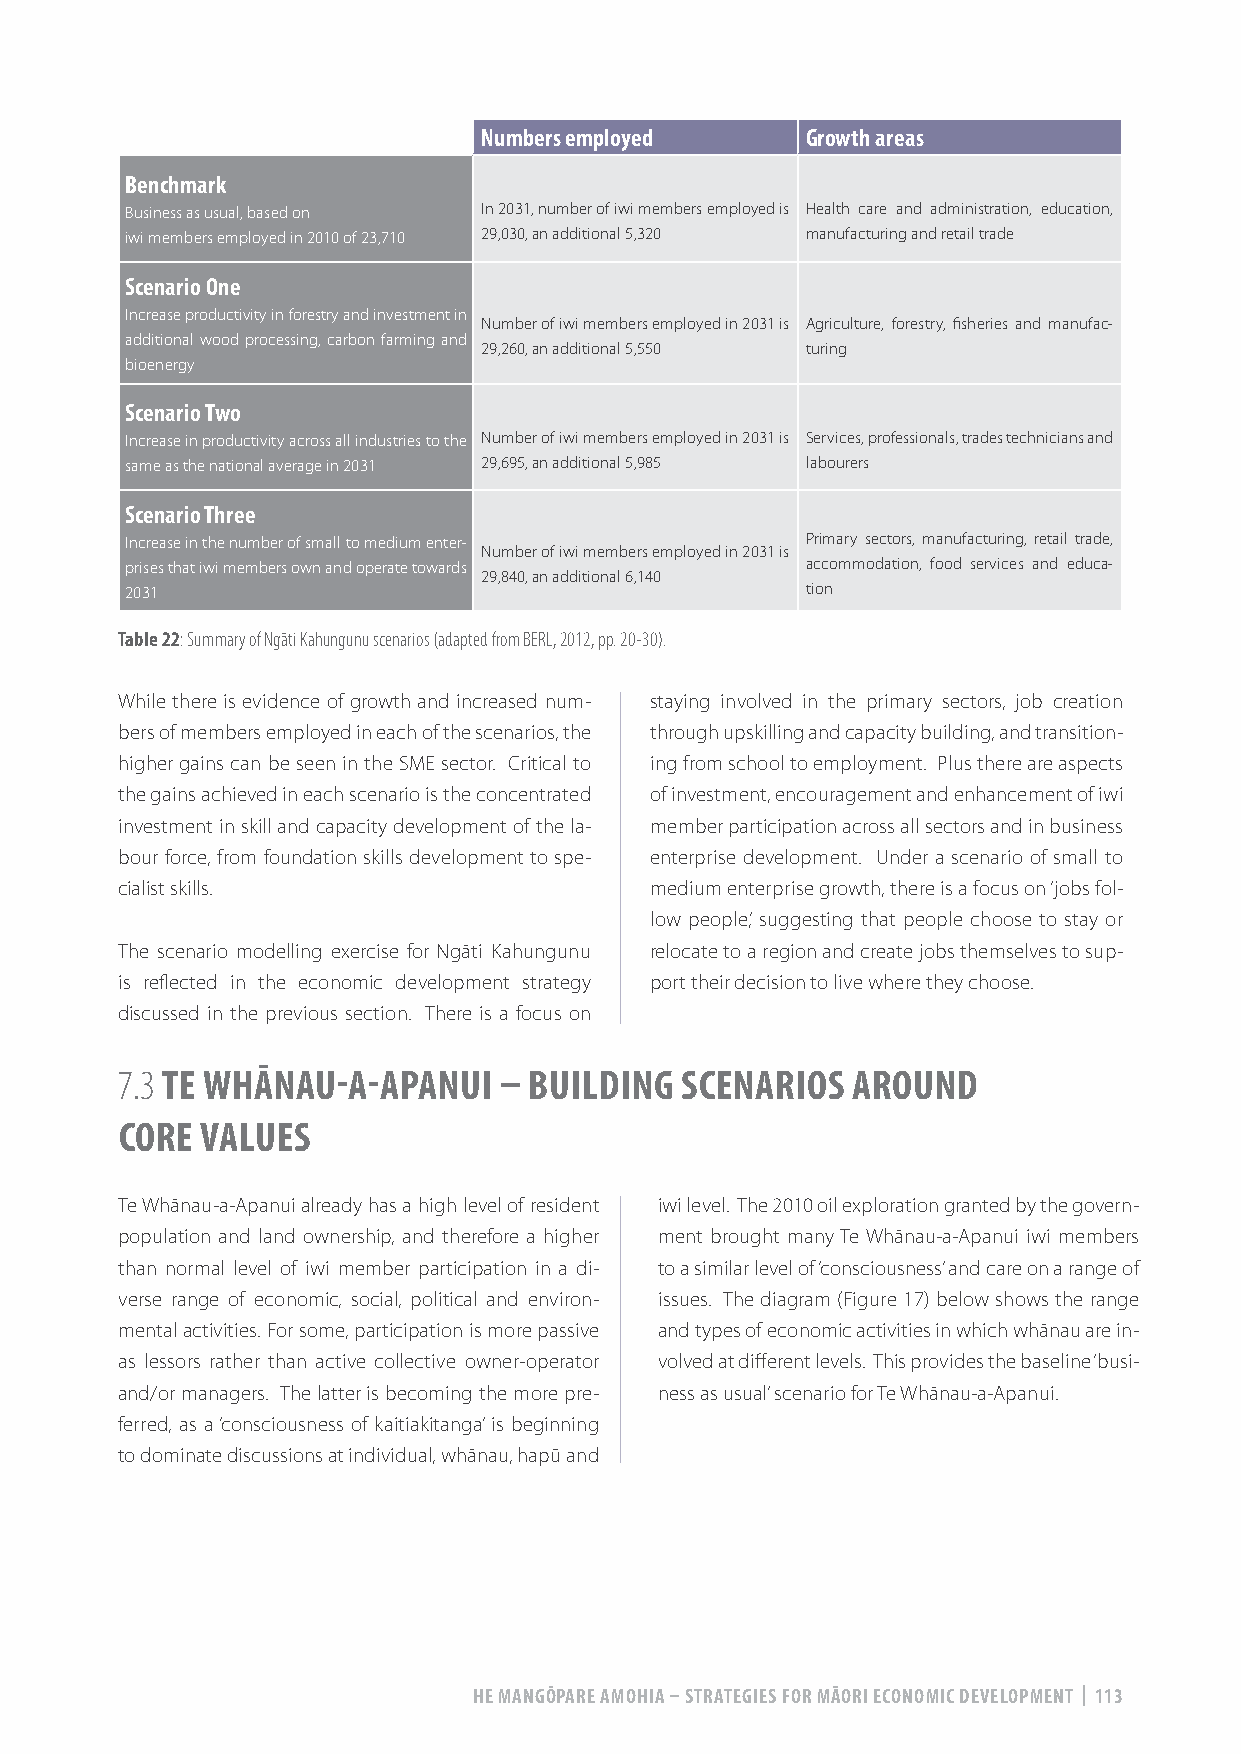
Numbers employed     Growth areas
 Benchmark
 Business as usual, based on In 2031, number of iwi members employed is Health care and administration, education,
 iwi members employed in 2010 of 23,710 29,030, an additional 5,320 manufacturing and retail trade
 Scenario One
 Increase productivity in forestry and investment in
 Number of iwi members employed in 2031 is Agriculture, forestry, fisheries and manufac-
 additional wood processing, carbon farming and
 29,260, an additional 5,550 turing
 bioenergy
 Scenario Two
 Increase in productivity across all industries to the Number of iwi members employed in 2031 is Services, professionals, trades technicians and
 same as the national average in 2031 29,695, an additional 5,985 labourers
 Scenario Three
 Increase in the number of small to medium enter- Primary sectors, manufacturing, retail trade,
 Number of iwi members employed in 2031 is
 prises that iwi members own and operate towards accommodation, food services and educa-
 29,840, an additional 6,140
 2031                                         tion
 Table 22: Summary of Ngāti Kahungunu scenarios (adapted from BERL, 2012, pp. 20-30).
 While there is evidence of growth and increased num- staying involved in the primary sectors, job creation
 bers of members employed in each of the scenarios, the through upskilling and capacity building, and transition-
 higher gains can be seen in the SME sector. Critical to ing from school to employment. Plus there are aspects
 the gains achieved in each scenario is the concentrated of investment, encouragement and enhancement of iwi
 investment in skill and capacity development of the la- member participation across all sectors and in business
 bour force, from foundation skills development to spe- enterprise development. Under a scenario of small to
 cialist skills.                    medium enterprise growth, there is a focus on ‘jobs fol-
 low people’, suggesting that people choose to stay or
 The scenario modelling exercise for Ngāti Kahungunu relocate to a region and create jobs themselves to sup-
 is reflected in the economic development strategy port their decision to live where they choose.
 discussed in the previous section. There is a focus on
 7.3 TE WHĀNAU-A-APANUI   – BUILDING  SCENARIOS  AROUND
 CORE VALUES
 Te Whānau-a-Apanui already has a high level of resident iwi level. The 2010 oil exploration granted by the govern-
 population and land ownership, and therefore a higher ment brought many Te Whānau-a-Apanui iwi members
 than normal level of iwi member participation in a di- to a similar level of ‘consciousness’ and care on a range of
 verse range of economic, social, political and environ- issues. The diagram (Figure 17) below shows the range
 mental activities. For some, participation is more passive and types of economic activities in which whānau are in-
 as lessors rather than active collective owner-operator volved at different levels. This provides the baseline ‘busi-
 and/or managers. The latter is becoming the more pre- ness as usual’ scenario for Te Whānau-a-Apanui.
 ferred, as a ‘consciousness of kaitiakitanga’ is beginning
 to dominate discussions at individual, whānau, hapū and
 HE MANGŌPARE AMOHIA – STRATEGIES FOR MĀORI ECONOMIC DEVELOPMENT | 113